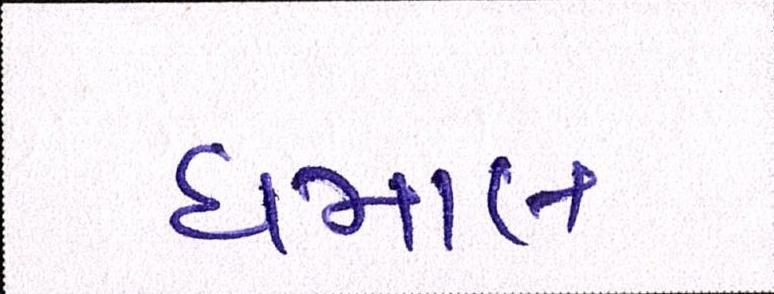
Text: ધમાલ